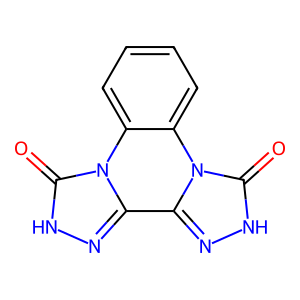
SMILES: O=c1[nH]nc2n1-c1ccccc1-n1c-2n[nH]c1=O
Inhibits HIV replication: No